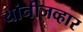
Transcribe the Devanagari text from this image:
यांनीजव्हार